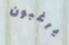
يرغبون